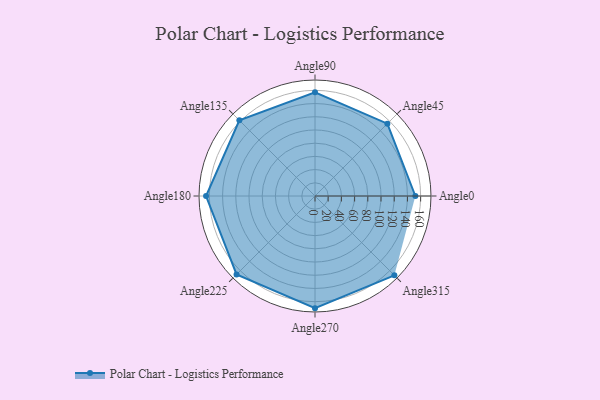
{"axis": {"x": "Angle", "y": "Radius"}, "legend": [""], "data": [{"x": "Angle0", "y": 152.0, "type": ""}, {"x": "Angle45", "y": 155.0, "type": ""}, {"x": "Angle90", "y": 157.0, "type": ""}, {"x": "Angle135", "y": 162.0, "type": ""}, {"x": "Angle180", "y": 165.0, "type": ""}, {"x": "Angle225", "y": 168.0, "type": ""}, {"x": "Angle270", "y": 170, "type": ""}, {"x": "Angle315", "y": 170, "type": ""}]}